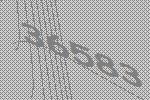
36583